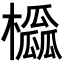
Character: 𪴒